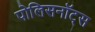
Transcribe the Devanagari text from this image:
पोलिसनॉट्स